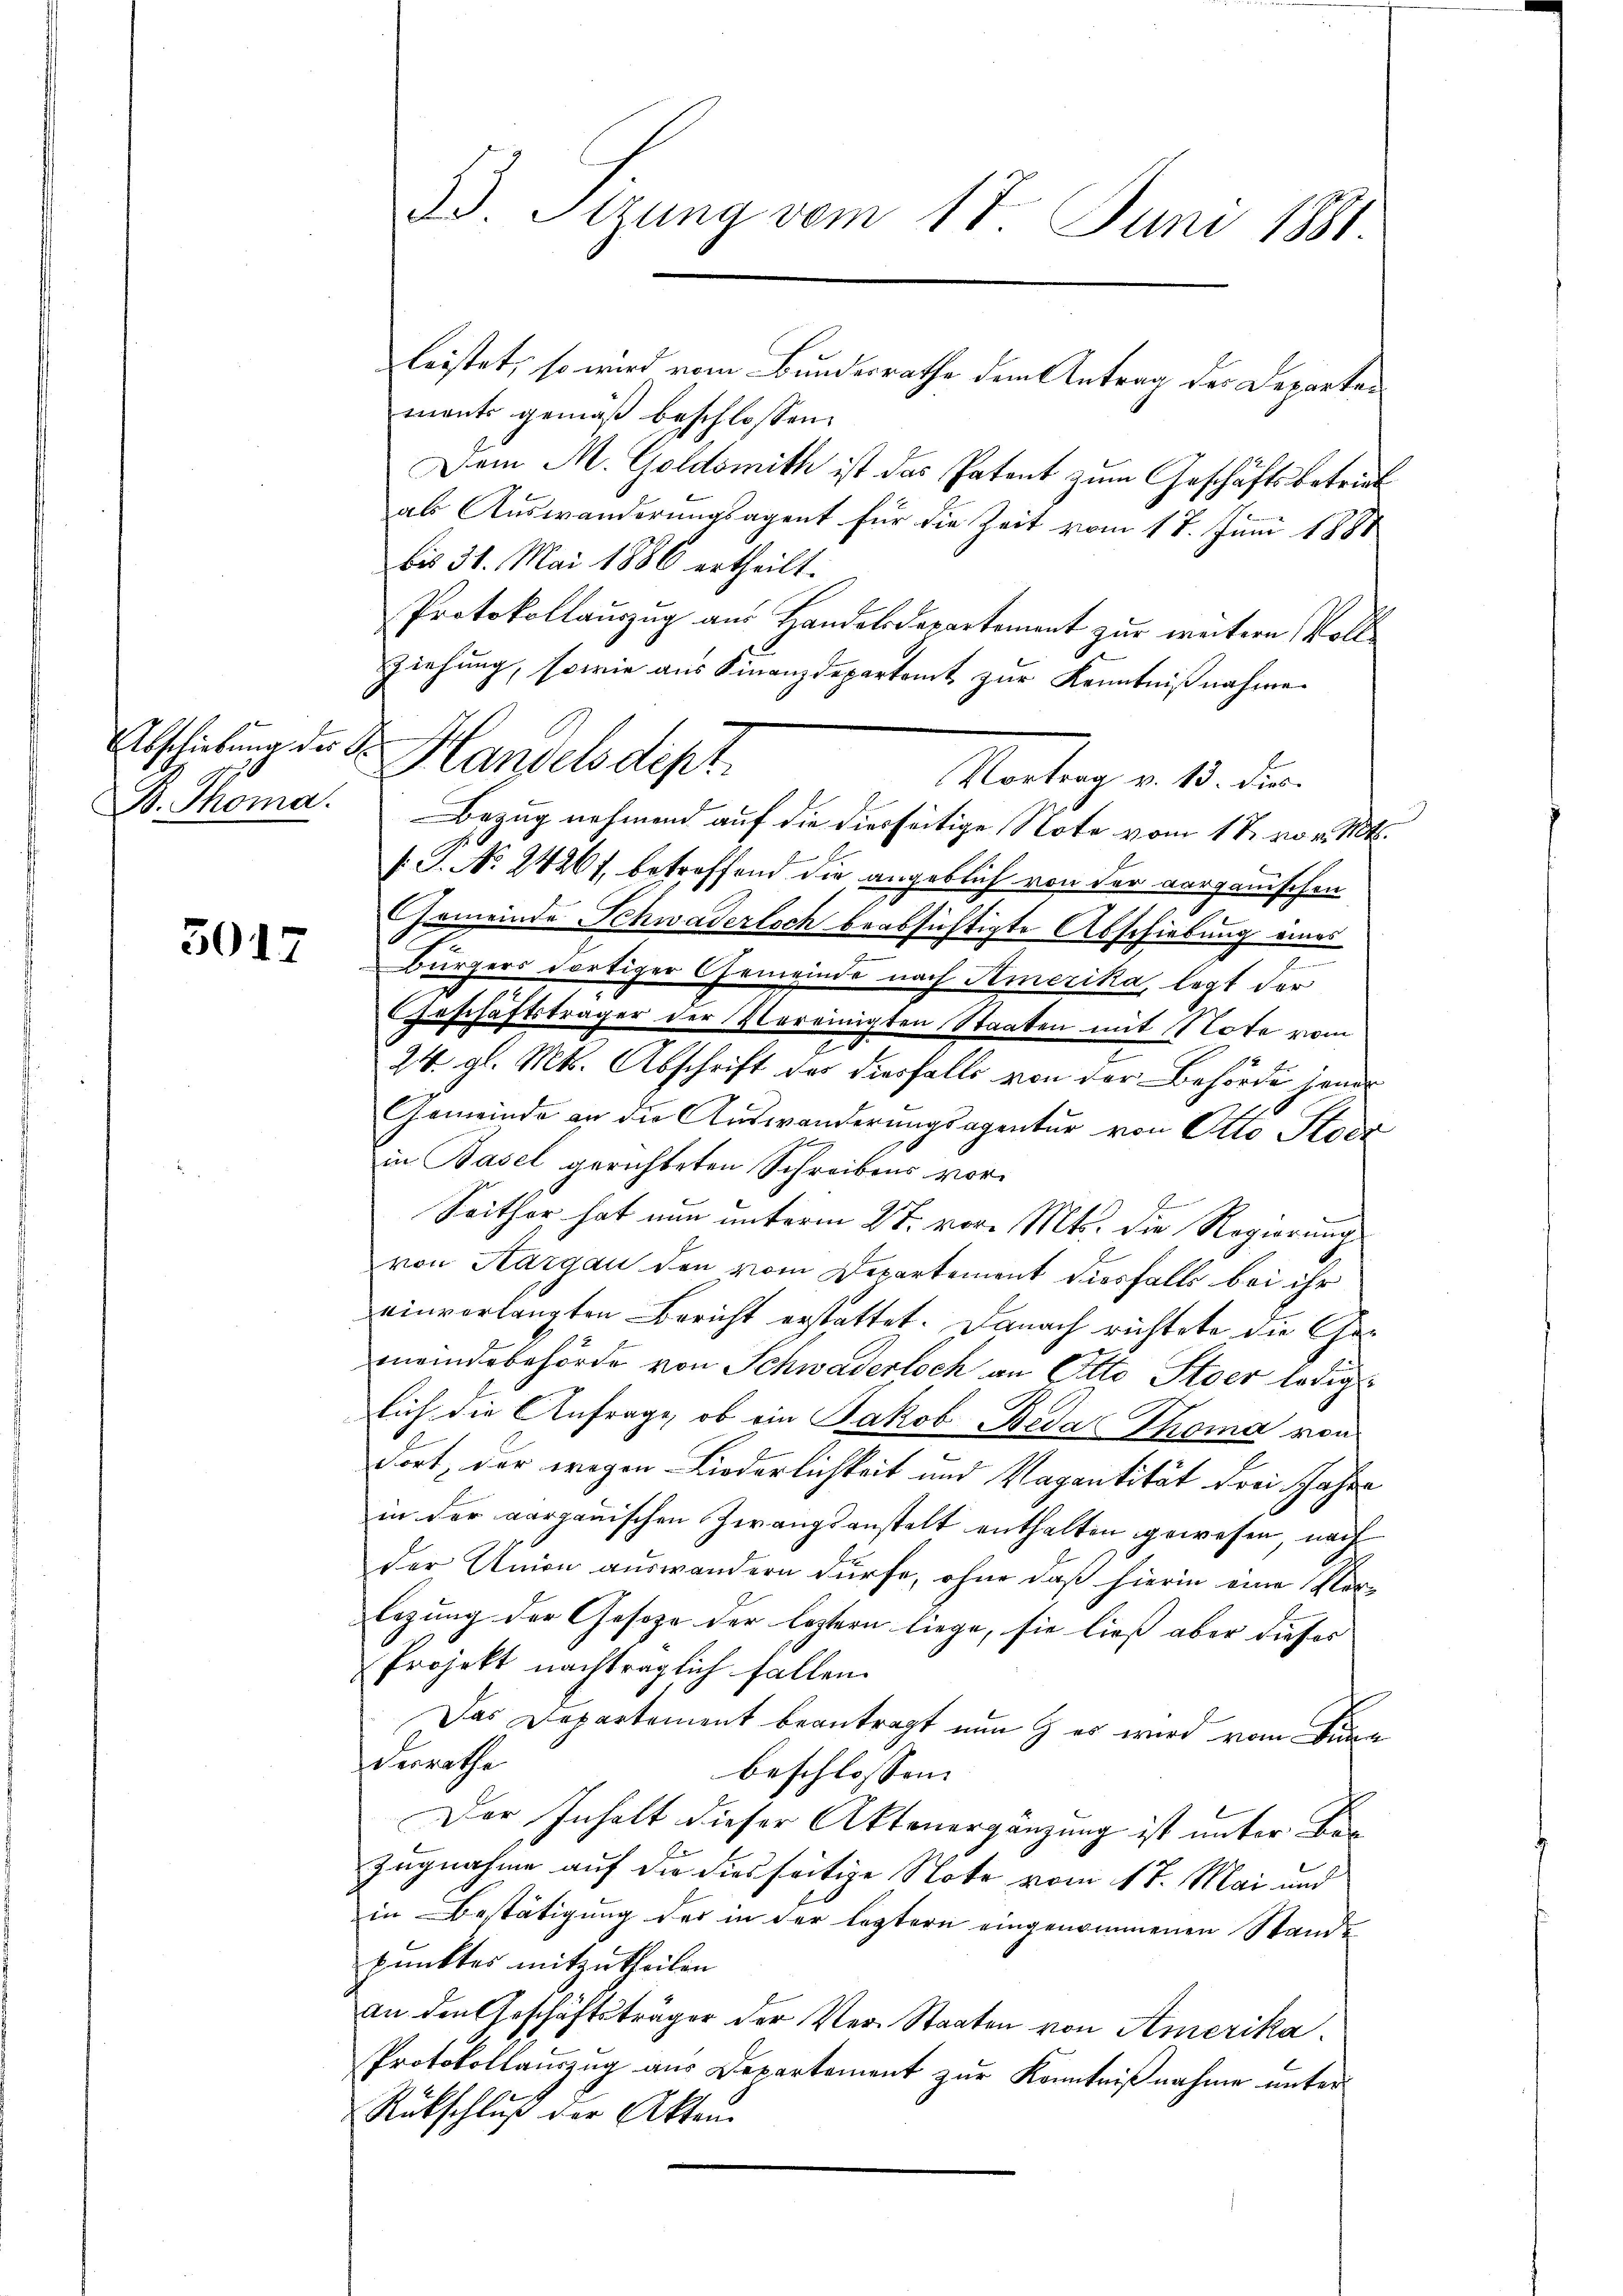
Abschiebung der A
B. Thoma

3017

ments gemäß beschlossen:
Dem M. Goldsmith ist das Patent zum Geschäftsbetrieb
als Auswanderungsagent für die Zeit vom 17. Juni 1881
bis 31. Mai 1886 ertheilt.
Protokollauszug aus Handelsdepartement zur weitern Voll¬
Ziehung, sowie aus Finanzdepartamt zur Kenntnißnahme.
Bezug nehmend auf die diesseitige Note vom 1t vom 10t.
fT. No 24261, betreffend die angeblich von der aargauischen
Gemeinde Schwaderloch beabsichtigte Abschiebung eines
Bürgers dortiger Gemeinde nach Amerika, legt der
Geschäftsträger der Vereinigten Staaten mit Note vom
24. gl. Mts. Abschrift der diesfalls von der Behörde jener
Gemeinde an die Aŭswanderŭngsagentur von Otto Stock
in Basel gerichteten Schreibens vor¬
Seither hat nun unterm 27. vor. Mts. die Regierung
von Aargau den vom Departement diesfalls bei ihr
einverlangten Bericht erstattet. Danach richtete die Gemeindebehörde von Schwaderloch an Otto Stoer ledig
sich die Anfrage, ob ein Jakob Beda Thoma von
dort, der wegen Liederlichkeit und Vagantität drei Jahre
in der aargauischen Zwangsanstalt enthalten gewesen nach
der Union auswandern dürfe, ohne daß hierin eine Ver-
legung der Geseze der leztern liege, sie ließ aber dieses
Projekt nachträglich fallen.
Das Departement beantragt nun & es wird vom Sinn
derrathe
beschlossen
Der Inhalt dieser Aktenergänzung ist unter Ber
Zugnahme auf die diesseitige Note vom 17. Mai und
in Bestätigung der in der leztern eingenommenen Stande
punktes mitzutheilen.
an den Geschäftsträger der Ver- Staaten von Amerika.
Protokollauszug aus Departement zur Kenntnißnahme unter
Rückschluß der Akten

23. Stzung vom 17. Juni 1881.

Handelsdept.
Vertrag d. d. den

leistet, so wird vom Bundesrathe dem Antrag der Departe¬